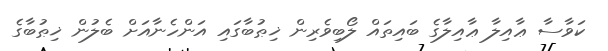
ކަވާސާ ޢާއިލާ ޢާއިލާގެ ބައިތައް ލޯބިވެރިން ޚިޠުބާގައި އަންހެނާއަށް ބެލުން ޚިޠުބާގެ